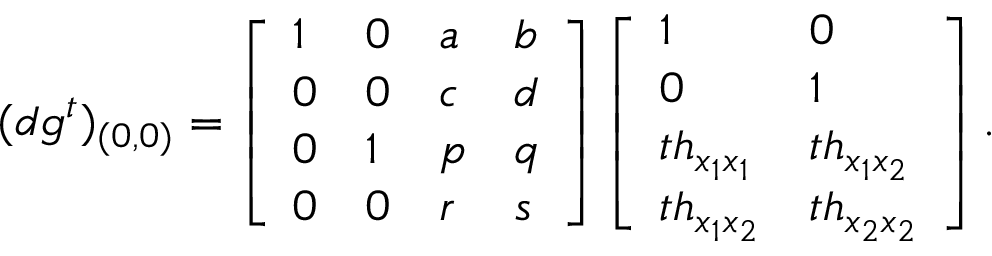
( d g ^ { t } ) _ { ( 0 , 0 ) } = \left[ \begin{array} { l l l l } { 1 } & { 0 } & { a } & { b } \\ { 0 } & { 0 } & { c } & { d } \\ { 0 } & { 1 } & { p } & { q } \\ { 0 } & { 0 } & { r } & { s } \end{array} \right] \left[ \begin{array} { l l } { 1 } & { 0 } \\ { 0 } & { 1 } \\ { t h _ { x _ { 1 } x _ { 1 } } } & { t h _ { x _ { 1 } x _ { 2 } } } \\ { t h _ { x _ { 1 } x _ { 2 } } } & { t h _ { x _ { 2 } x _ { 2 } } } \end{array} \right] .